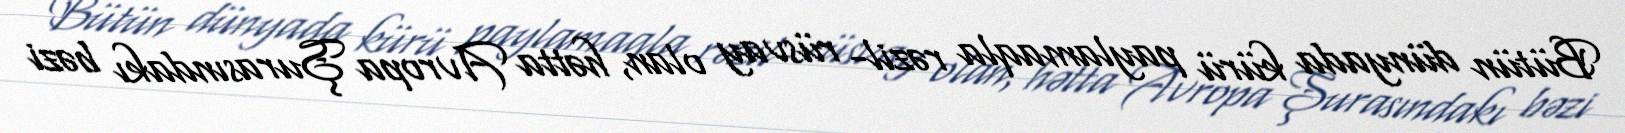
Bütün dünyada kürü paylamaqla rəzil- rüsvay olan, hətta Avropa Şurasındakı bəzi